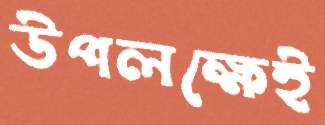
উপলক্ষেই